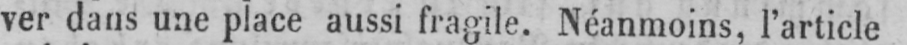
ver dans une place aussi fragile. Néanmoins, l’article